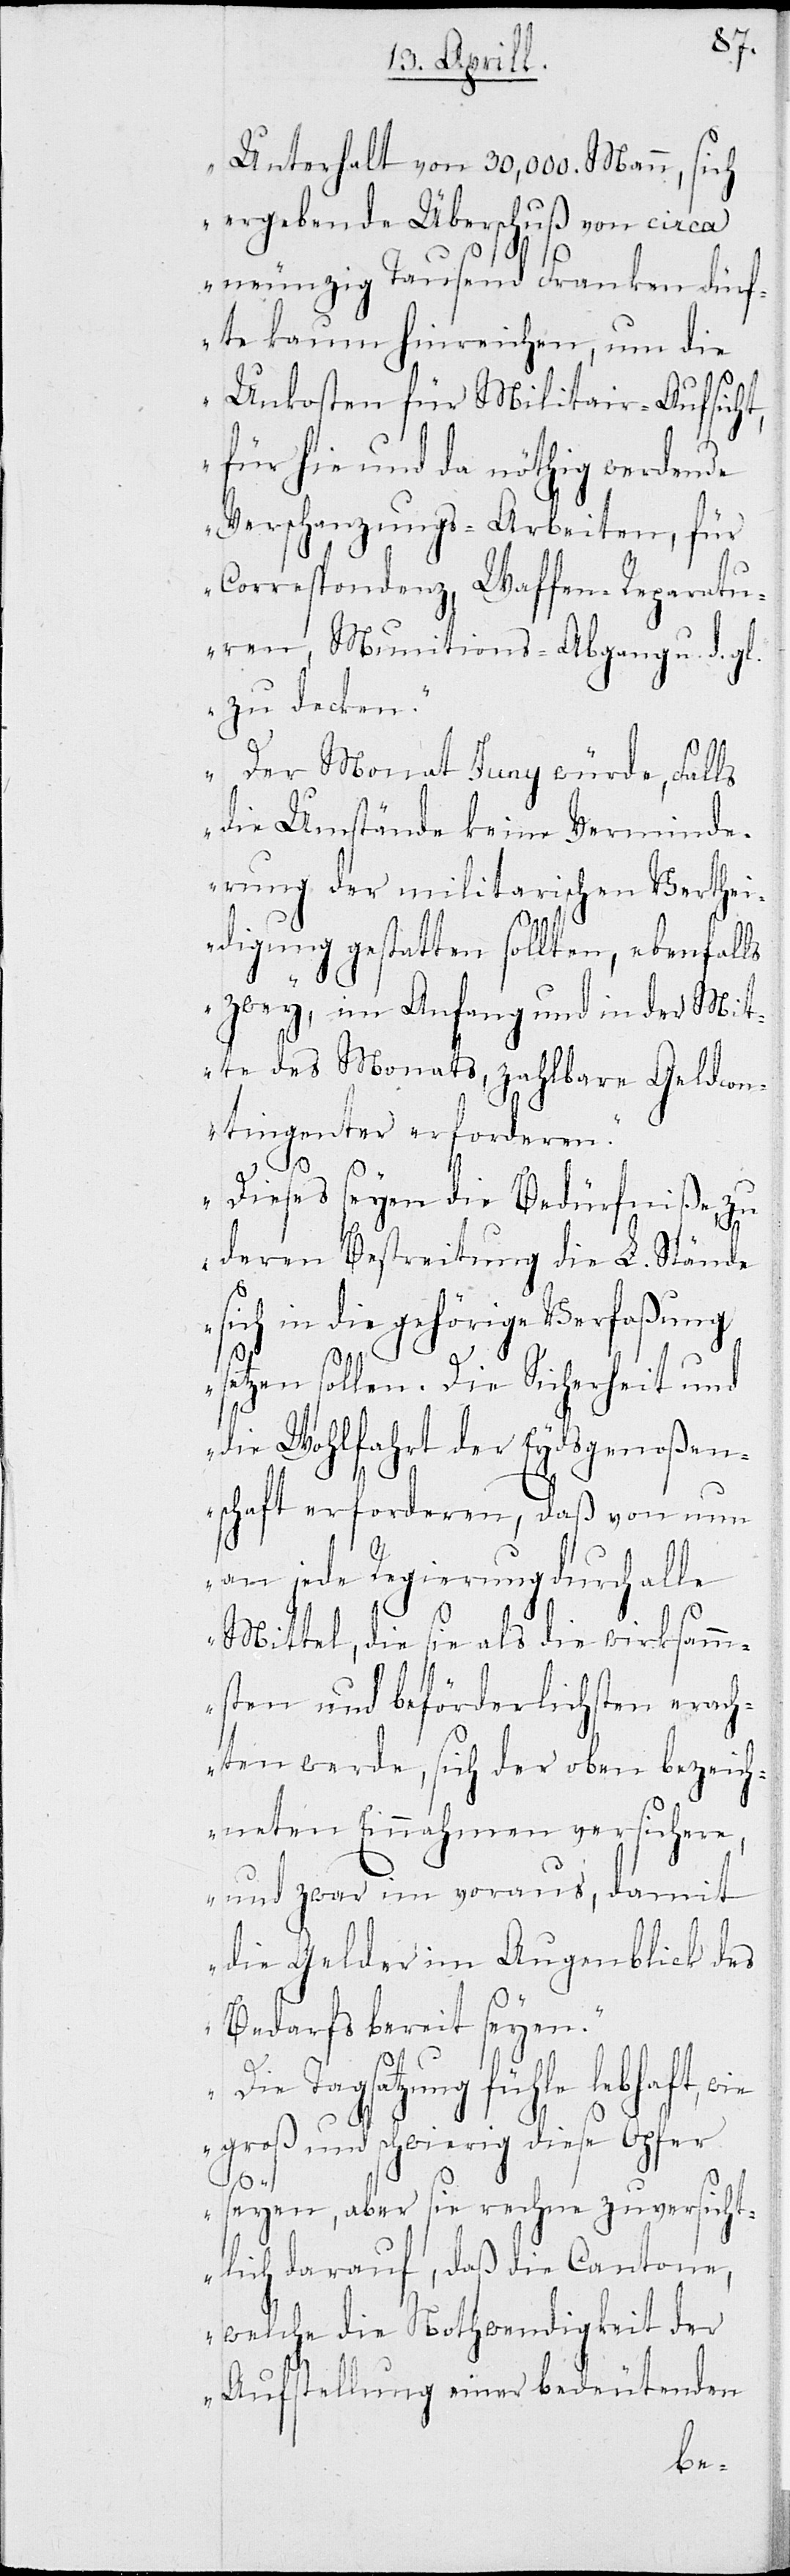
Unterhalt von 30,000. Mann, sich
ergebende Überschuß von circa
neunzig Tausend Franken dürf¬
te kaum hinreichen, um die
Unkosten für Militair-Aufsicht,
für hie und da nöthig werdende
Verschanzungs-Arbeiten, für
Correspondenz, Waffen-Reperatu¬
ren, Munitions-Abgang u. d. gl.
zu decken.
Der Monat Juny würde, Falls
die Umstände keine Verminde¬
rung der militarischen Verthei¬
digung gestatten sollten, ebenfalls
zwey, im Anfang und in der Mit¬
te des Monats zahlbare Geldcon¬
tingenter erforderen.
Dieses seyen die Bedürfniße, zu
deren Bestreitung die L. Stände
sich in die gehörige Verfaßung
etzten sollen. Die Sicherheit und
die Wohlfahrt der Eydsgenoßen¬
schaft erforderen, daß von nun
an jede Regierung durch alle
Mittel, die sie als die wirksamm¬
sten und beförderlichsten erach¬
ten werde, sich der oben bezeich¬
neten Einnahmen versichere,
und zwar im voraus, damit
die Gelder im Augenblick des
Bedarfs bereit seyen.
Die Tagsatzung fühle lebhaft,
groß und schwierig diese Opfer
s¬
seyen, aber sie rechne zuversicht¬
lich darauf, daß die Cantone,
welche die Nothwendigkeit der
Aufstellung einer bedeütenden